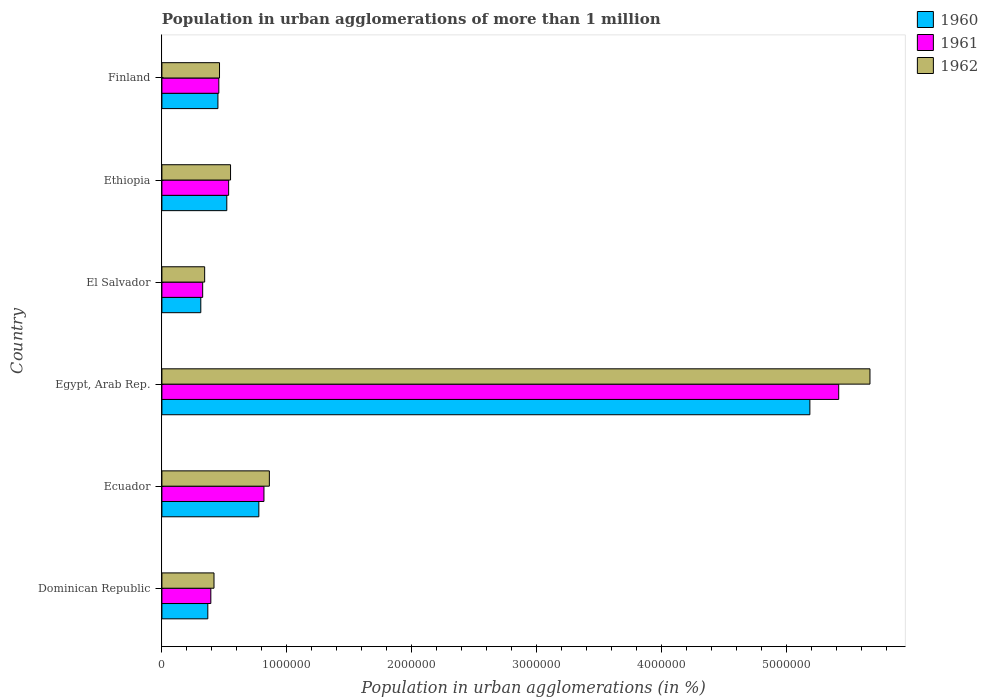
| Country | 1960 | 1961 | 1962 |
 | --- | --- | --- | --- |
 | Dominican Republic | 3.67e+05 | 3.91e+05 | 4.17e+05 |
 | Ecuador | 7.76e+05 | 8.16e+05 | 8.6e+05 |
 | Egypt, Arab Rep. | 5.18e+06 | 5.41e+06 | 5.66e+06 |
 | El Salvador | 3.11e+05 | 3.26e+05 | 3.42e+05 |
 | Ethiopia | 5.19e+05 | 5.34e+05 | 5.49e+05 |
 | Finland | 4.48e+05 | 4.55e+05 | 4.61e+05 |